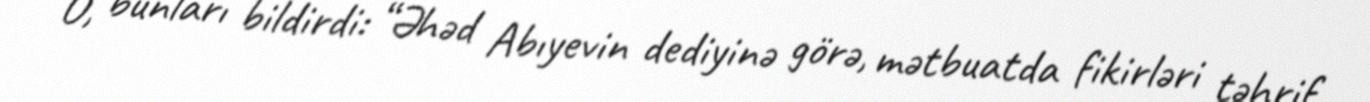
O, bunları bildirdi: “Əhəd Abıyevin dediyinə görə, mətbuatda fikirləri təhrif